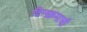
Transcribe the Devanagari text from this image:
दिनक्रमाची